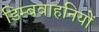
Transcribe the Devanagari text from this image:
डिम्बवाहनियों